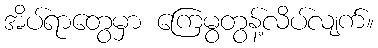
အိပ်ရာတွေမှာ ကြေမွတွန့်လိပ်လျက်။